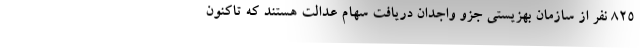
۸۲۵ نفر از سازمان بهزیستی جزو واجدان دریافت سهام عدالت هستند که تاکنون